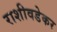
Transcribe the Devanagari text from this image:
राशीवडेकर